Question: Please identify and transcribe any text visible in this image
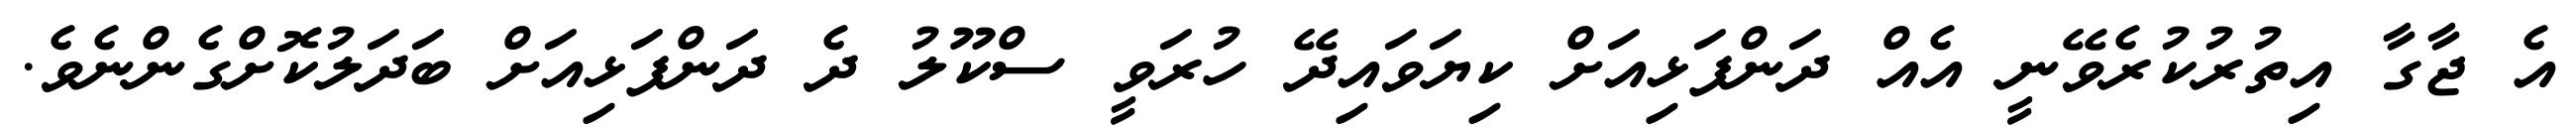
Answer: އެ ޖާގާ އިތުރުކުރެވޭނީ އެއް ދަންފަޅިއަށް ކިޔަވައިދޭ ހުރަވީ ސްކޫލު ދެ ދަންފަޅިއަށް ބަދަލުކޮށްގެންނެވެ.